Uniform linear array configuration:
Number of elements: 12
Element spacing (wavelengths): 0.5
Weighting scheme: kaiser
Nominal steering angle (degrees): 60
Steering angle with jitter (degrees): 59.128
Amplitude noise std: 0.05
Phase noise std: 0.05

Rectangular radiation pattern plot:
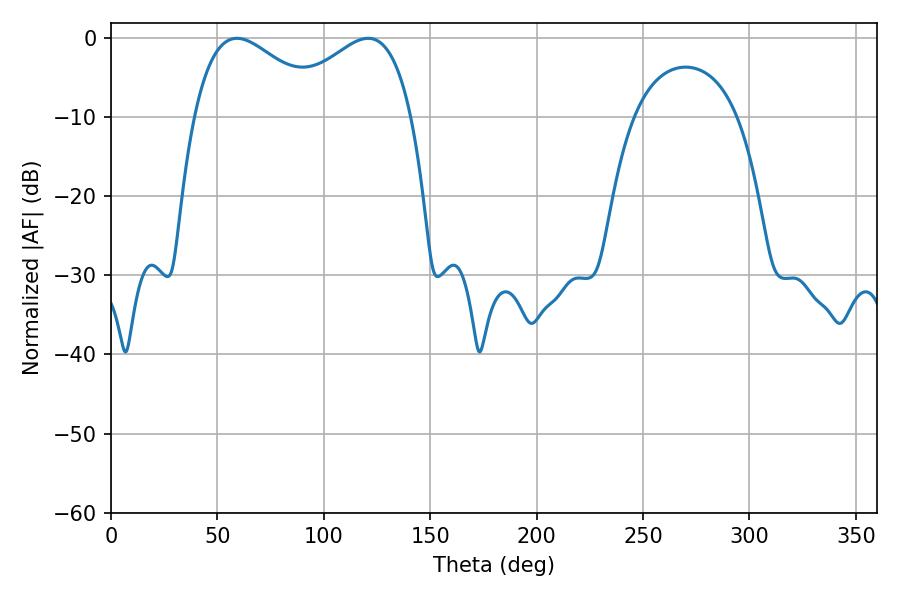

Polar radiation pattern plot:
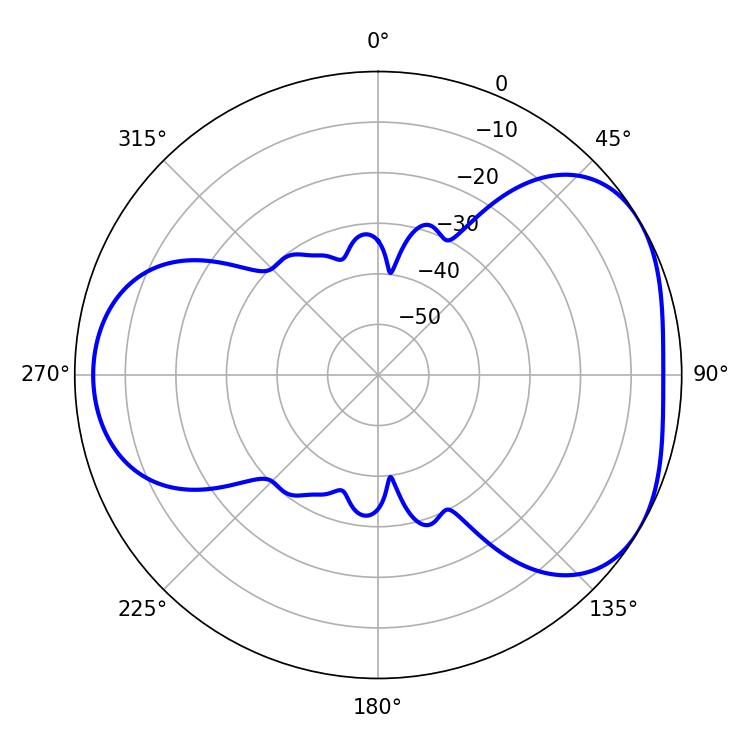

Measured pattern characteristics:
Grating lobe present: FALSE
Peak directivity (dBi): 4.229
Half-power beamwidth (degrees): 33.84
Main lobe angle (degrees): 59.22